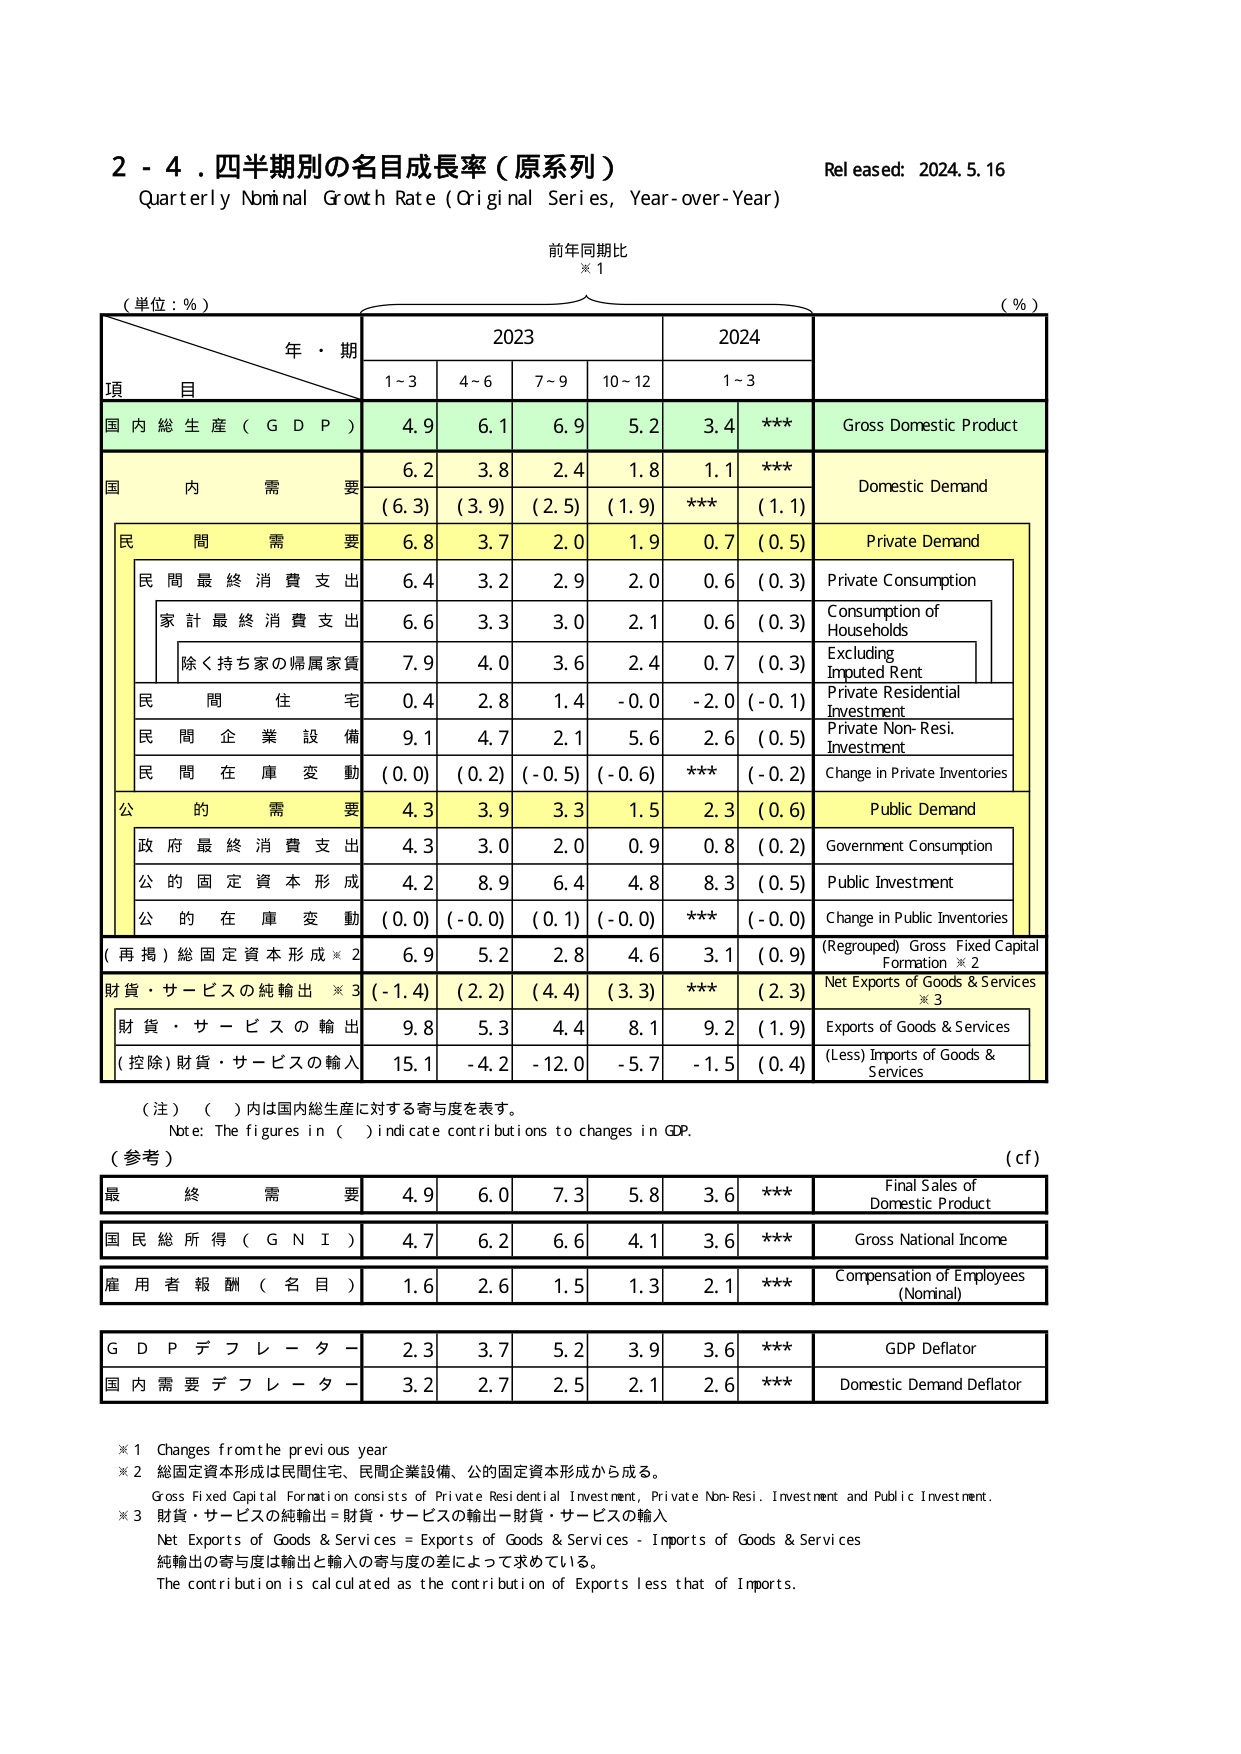
2 - 4. 四半期別の名目成長率（原系列）
Quarterly Nominal Growth Rate (Original Series, Year-over-Year)
Released: 2024.5.16
前年同期比
※1
（単位：％）
年・期
2023
2024
（％）
項 目
1~3
4~6
7~9
10~12
1~3
国内総生産（GDP）
4.9
6.1
6.9
5.2
3.4
***
Gross Domestic Product
国内需要
6.2
3.8
2.4
1.8
1.1
***
Domestic Demand
（6.3）
（3.9）
（2.5）
（1.9）
***
（1.1）
民間需要
6.8
3.7
2.0
1.9
0.7
（0.5）
Private Demand
民間最終消費支出
6.4
3.2
2.9
2.0
0.6
（0.3）
Private Consumption
家計最終消費支出
6.6
3.3
3.0
2.1
0.6
（0.3）
Consumption of Households
除く持ち家の帰属家賃
7.9
4.0
3.6
2.4
0.7
（0.3）
Excluding Imputed Rent
民間住宅
0.4
2.8
1.4
-0.0
-2.0
（-0.1）
Private Residential Investment
民間企業設備
9.1
4.7
2.1
5.6
2.6
（0.5）
Private Non-Resi. Investment
民間在庫変動
（0.0）
（0.2）
（-0.5）
（-0.6）
***
（-0.2）
Change in Private Inventories
公的需要
4.3
3.9
3.3
1.5
2.3
（0.6）
Public Demand
政府最終消費支出
4.3
3.0
2.0
0.9
0.8
（0.2）
Government Consumption
公的固定資本形成
4.2
8.9
6.4
4.8
8.3
（0.5）
Public Investment
公的在庫変動
（0.0）
（-0.0）
（0.1）
（-0.0）
***
（-0.0）
Change in Public Inventories
（再掲）総固定資本形成※2
6.9
5.2
2.8
4.6
3.1
（0.9）
（Regrouped）Gross Fixed Capital Formation ※2
財貨・サービスの純輸出※3
（-1.4）
（2.2）
（4.4）
（3.3）
***
（2.3）
Net Exports of Goods & Services ※3
財貨・サービスの輸出
9.8
5.3
4.4
8.1
9.2
（1.9）
Exports of Goods & Services
（控除）財貨・サービスの輸入
15.1
-4.2
-12.0
-5.7
-1.5
（0.4）
(Less) Imports of Goods & Services
（注）（ ）内は国内総生産に対する寄与度を表す。
Note: The figures in ( ) indicate contributions to changes in GDP.
（参考）
（cf）
最終需要
4.9
6.0
7.3
5.8
3.6
***
Final Sales of Domestic Product
国民総所得（GNI）
4.7
6.2
6.6
4.1
3.6
***
Gross National Income
雇用者報酬（名目）
1.6
2.6
1.5
1.3
2.1
***
Compensation of Employees (Nominal)
GDPデフレーター
2.3
3.7
5.2
3.9
3.6
***
GDP Deflator
国内需要デフレーター
3.2
2.7
2.5
2.1
2.6
***
Domestic Demand Deflator
※1 Changes from the previous year
※2 総固定資本形成は民間住宅、民間企業設備、公的固定資本形成から成る。
Gross Fixed Capital Formation consists of Private Residential Investment, Private Non-Resi. Investment and Public Investment.
※3 財貨・サービスの純輸出＝財貨・サービスの輸出－財貨・サービスの輸入
Net Exports of Goods & Services = Exports of Goods & Services - Imports of Goods & Services
純輸出の寄与度は輸出と輸入の寄与度の差によって求めている。
The contribution is calculated as the contribution of Exports less that of Imports.